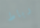
رباط